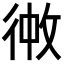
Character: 𪫏